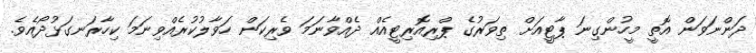
ދަންނަވަން އޮތީ މީހުންގިނަ ޕާޓީއަށް ތިވަރުގެ ޕްރިއޮރިޓީއެއް ދެއްވާނަމަ ވެރިކަން ހަވާލުކުރެއްވިނަމަ ކިހާރަނގަޅުދޯއެވެ.